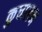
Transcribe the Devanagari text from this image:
कुचालन